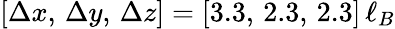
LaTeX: [\Delta x,\, \Delta y,\, \Delta z]=[3.3,\, 2.3,\, 2.3]\, \ell_{B}